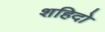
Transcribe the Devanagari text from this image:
शहिदो